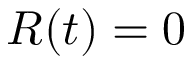
R ( t ) = 0